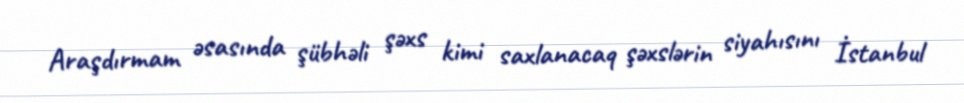
Araşdırmam əsasında şübhəli şəxs kimi saxlanacaq şəxslərin siyahısını İstanbul